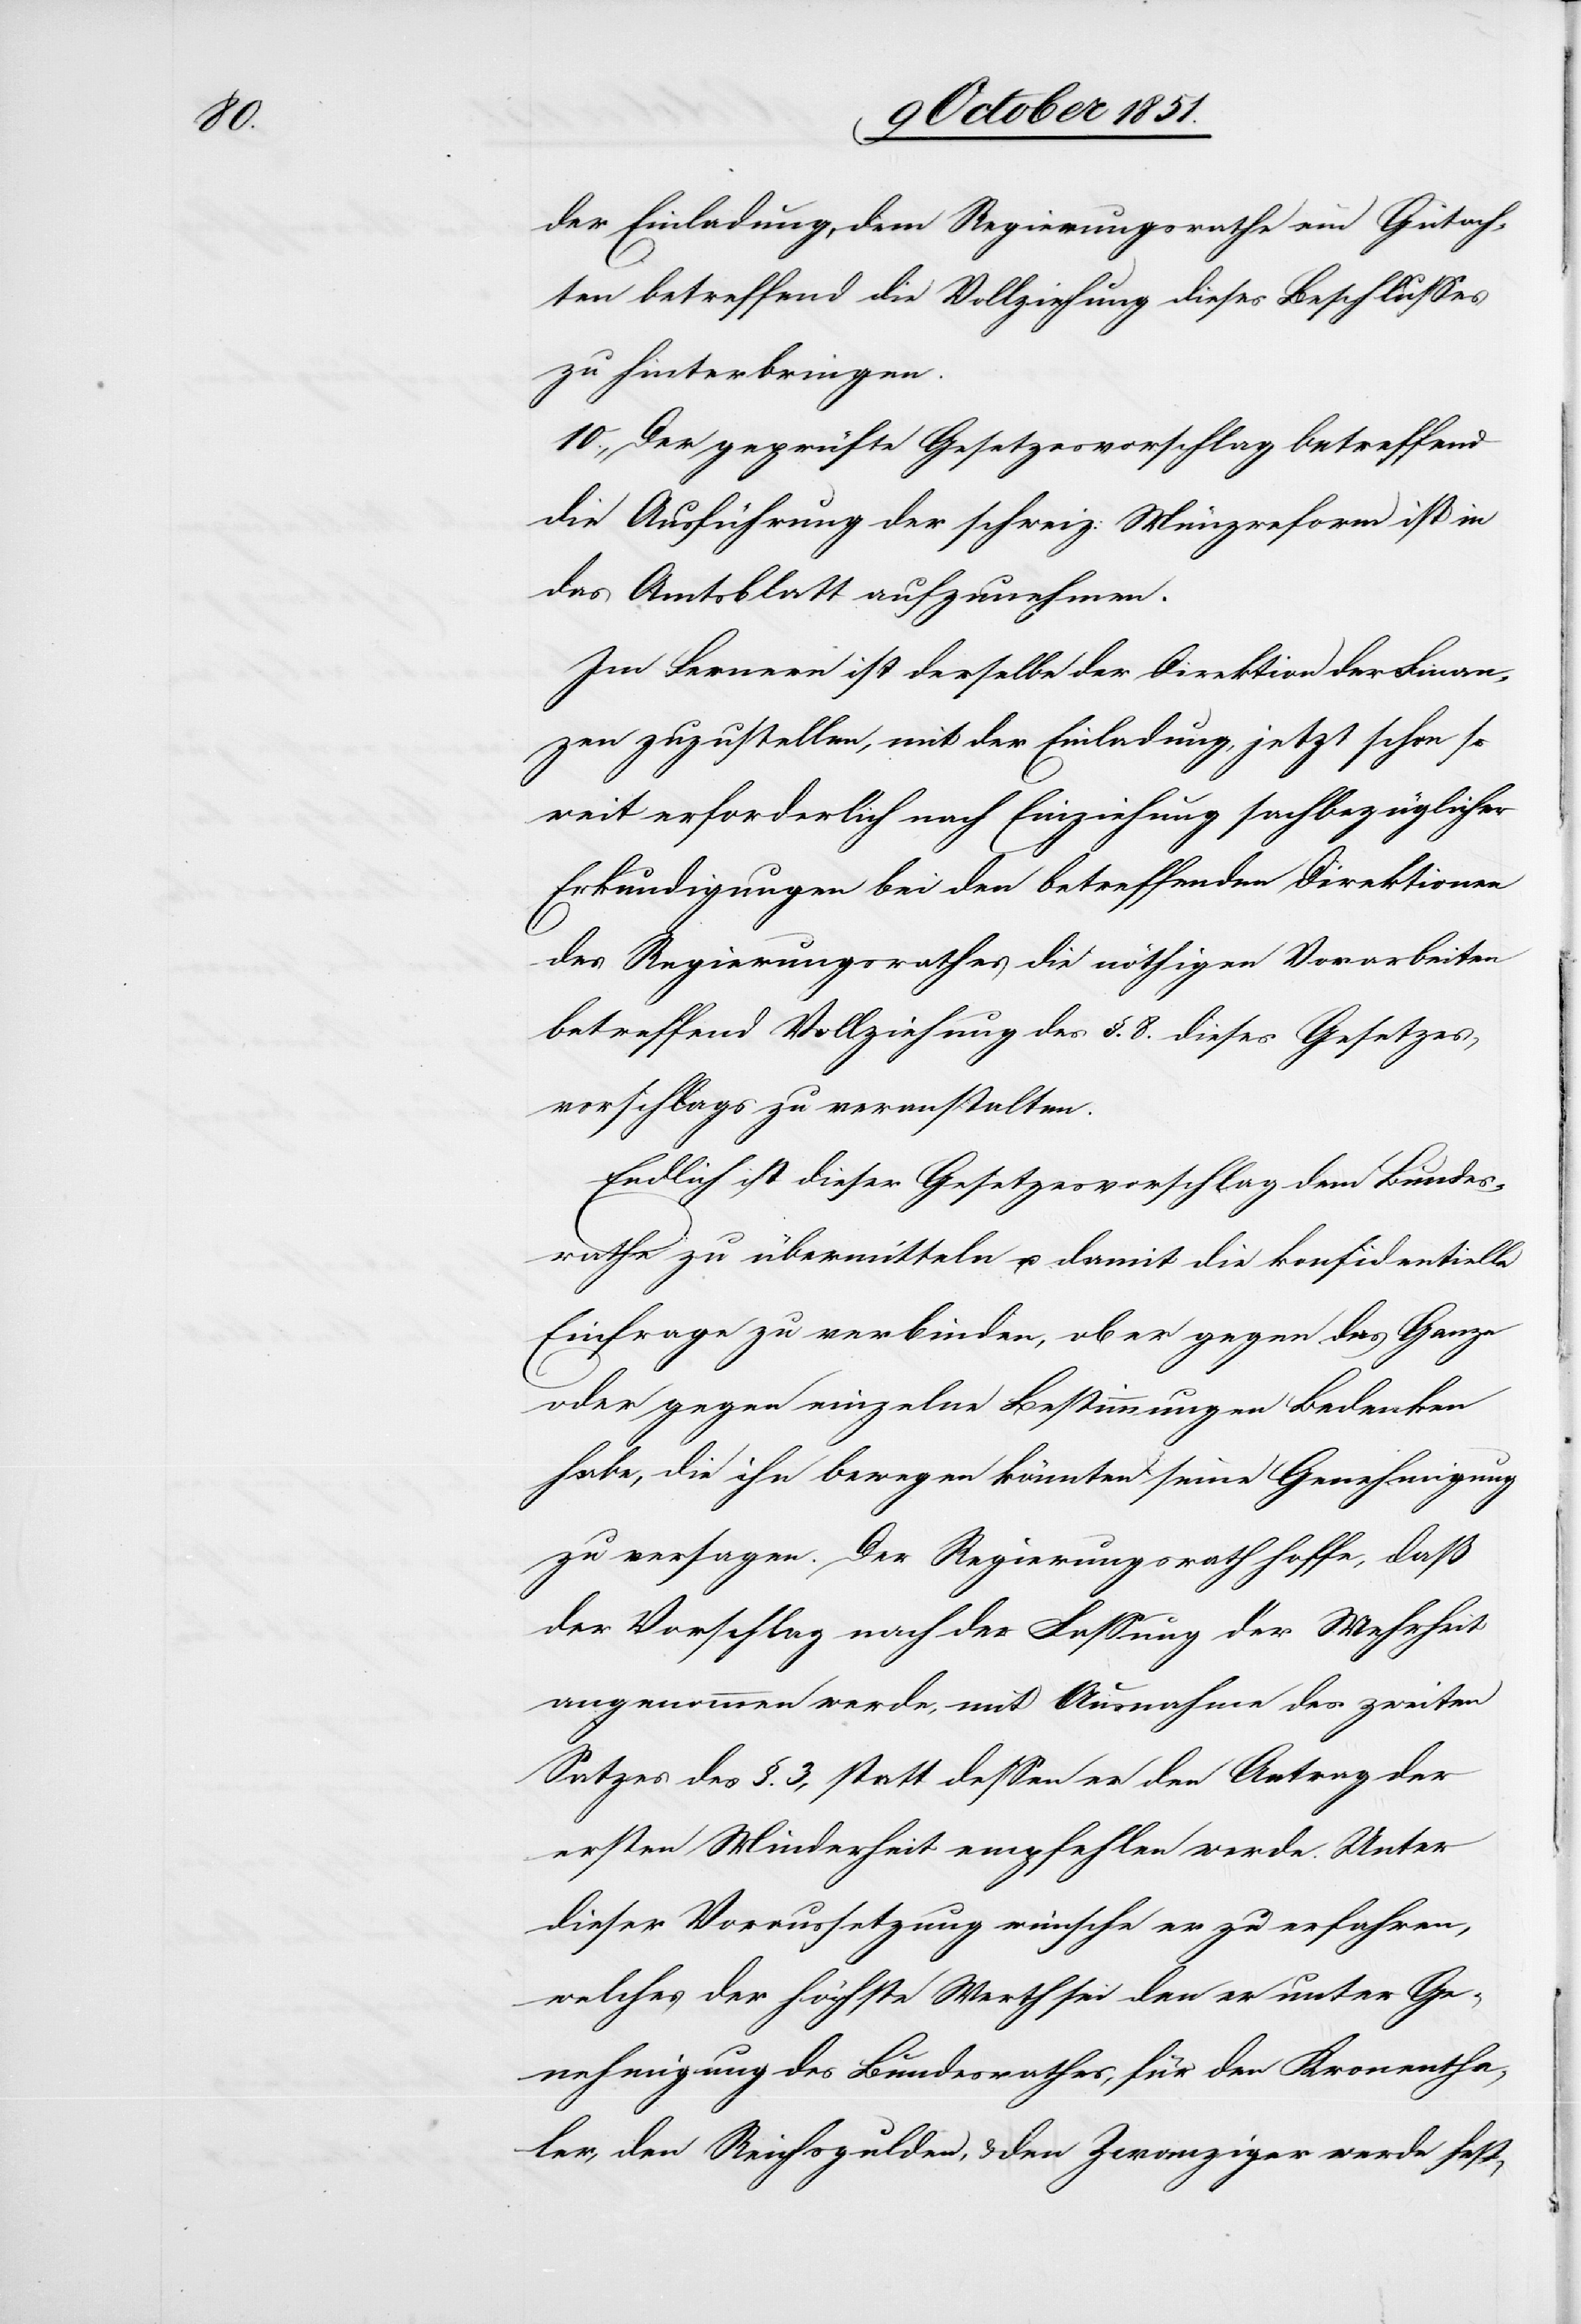
der Einladung, dem Regierungsrathe ein Gutach¬
ten betreffend die Vollziehung dieses Beschlusses
zu hinterbringen.
10., Der geprüfte Gesetzesvorschlag betreffend
die Ausführung der schweiz: Münzreform ist in
das Amtsblatt aufzunehmen.
Im Fernern ist derselbe der Direktion der Finan¬
zen zuzustellen, mit der Einladung, jetzt schon so
weit erforderlich nach Einziehung sachbezüglicher
Erkundigungen bei den betreffenden Direktionen
des Regierungsrathes die nöthigen Vorarbeiten
betreffend Vollziehung des §. 8. dieses Gesetzes¬
vorschlags zu veranstalten.
Endlich ist dieser Gesetzesvorschlag dem Bundes¬
rathe zu übermitteln u. damit die konfidentielle
Einfrage zu verbinden, ob er gegen das Ganze
oder gegen einzelne Bestimmungen Bedenken
habe, die ihn bewegen könnten seine Genehmigung
zu versagen. Der Regierungsrath hoffe, daß
der Vorschlag nach der Fassung der Mehrheit
angenommen werde, mit Ausnahme des zweiten
Satzes des §. 3, statt dessen er den Antrag der
ersten Minderheit empfehlen werde. Unter
dieser Voraussetzung wünsche er zu erfahren,
welches der höchste Werth sei den er unter Ge¬
nehmigung des Bundesrathes, für den Kronentha¬
ler, den Reichsgulden, & den Zwanziger werde fest-